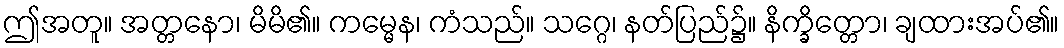
ဤအတူ။ အတ္တနော၊ မိမိ၏။ ကမ္မေန၊ ကံသည်။ သဂ္ဂေ၊ နတ်ပြည်၌။ နိက္ခိတ္တော၊ ချထားအပ်၏။